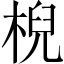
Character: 棿